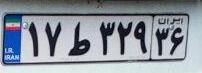
۱۷ط۳۲۹۳۶